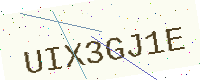
Text: UIX3GJ1E